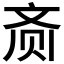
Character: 𬹳